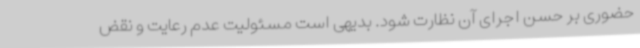
حضوری بر حسن اجرای آن نظارت شود. بدیهی است مسئولیت عدم رعایت و نقض